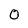
Character: O